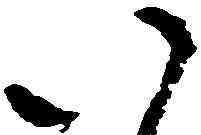
い